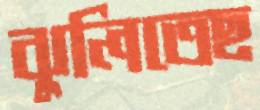
ঝুলিতেছ